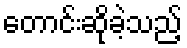
တောင်းဆိုခဲ့သည့်